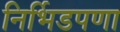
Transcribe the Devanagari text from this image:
निर्भिडपणा